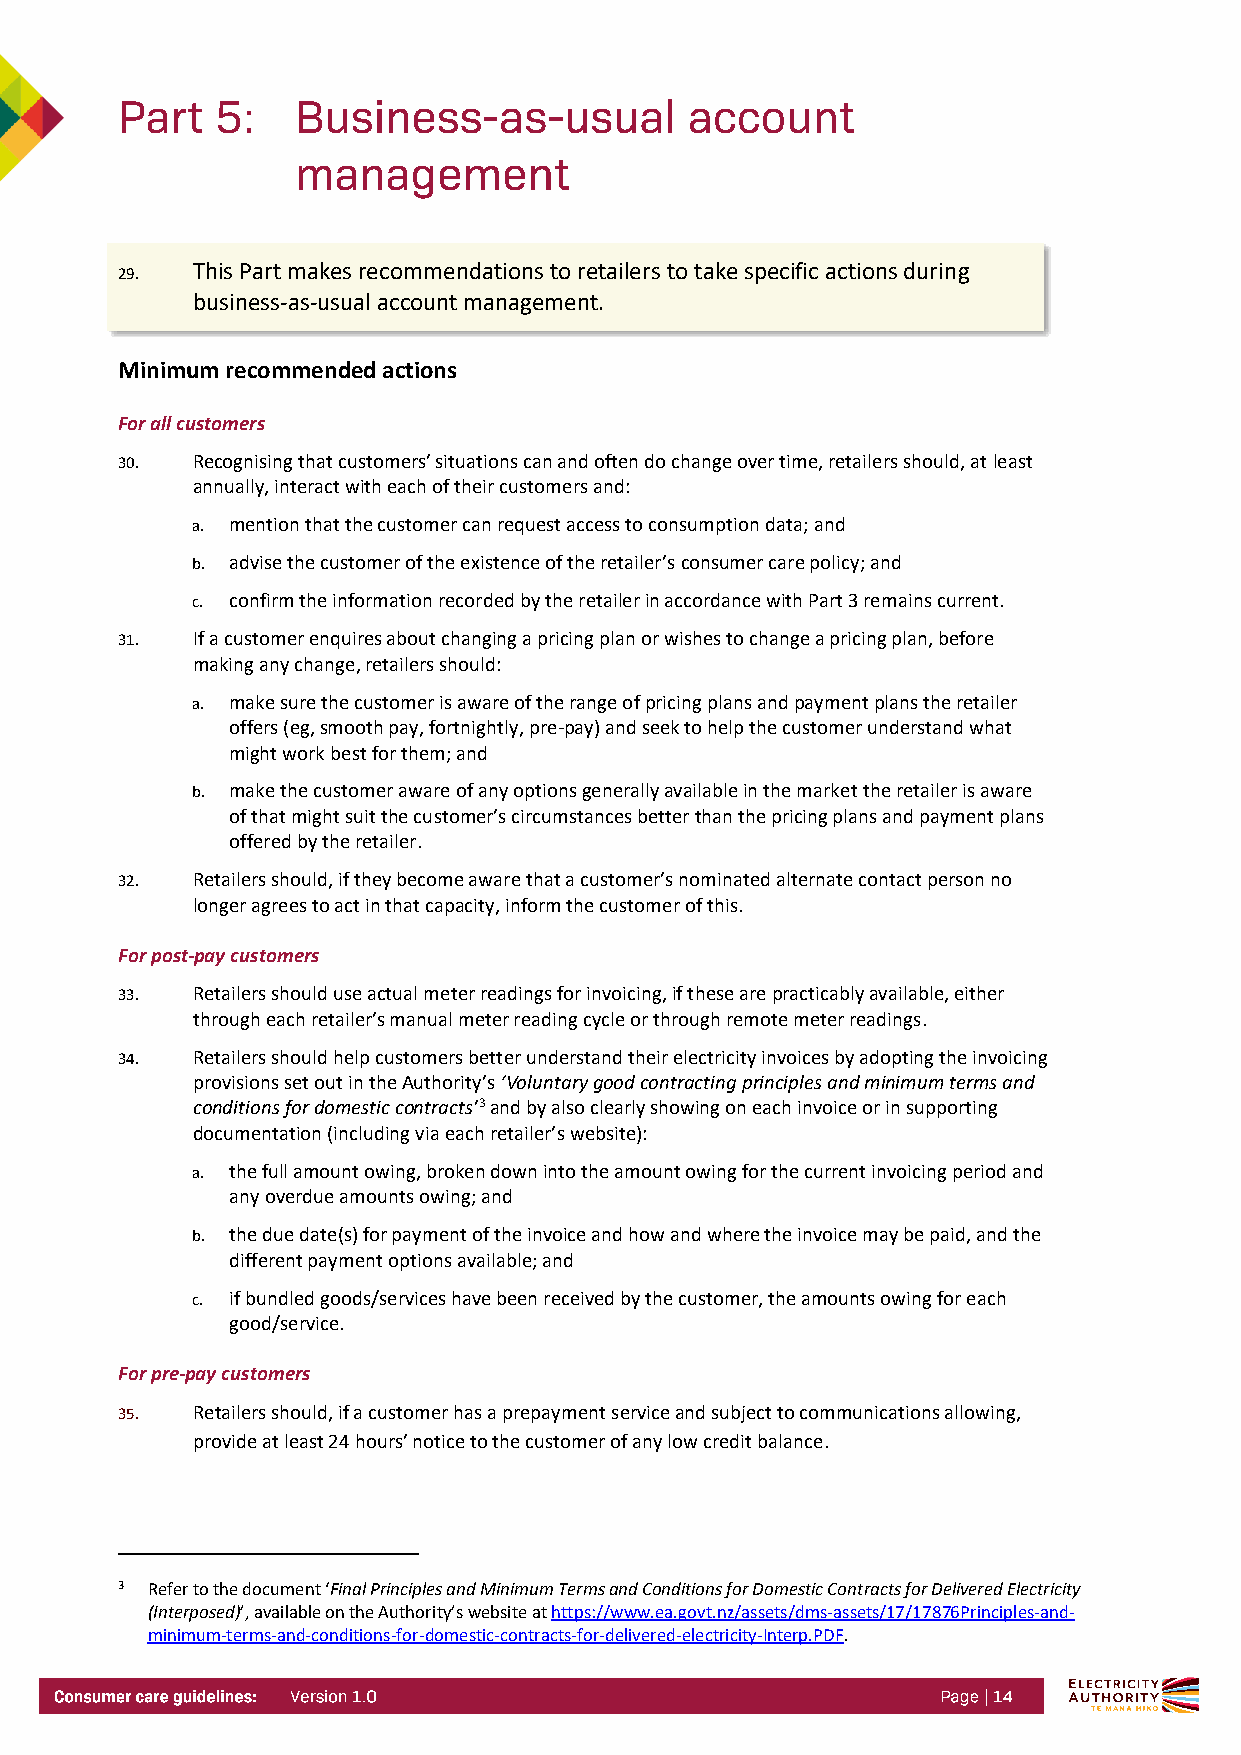
29.  This Part makes recommendations to retailers to take specific actions during
 business-as-usual account management.
 Minimum recommended actions
 For all customers
 30.  Recognising that customers’ situations can and often do change over time, retailers should, at least
 annually, interact with each of their customers and:
 a. mention that the customer can request access to consumption data; and
 b. advise the customer of the existence of the retailer’s consumer care policy; and
 c. confirm the information recorded by the retailer in accordance with Part 3 remains current.
 31.  If a customer enquires about changing a pricing plan or wishes to change a pricing plan, before
 making any change, retailers should:
 a. make sure the customer is aware of the range of pricing plans and payment plans the retailer
 offers (eg, smooth pay, fortnightly, pre-pay) and seek to help the customer understand what
 might work best for them; and
 b. make the customer aware of any options generally available in the market the retailer is aware
 of that might suit the customer’s circumstances better than the pricing plans and payment plans
 offered by the retailer.
 32.  Retailers should, if they become aware that a customer’s nominated alternate contact person no
 longer agrees to act in that capacity, inform the customer of this.
 For post-pay customers
 33.  Retailers should use actual meter readings for invoicing, if these are practicably available, either
 through each retailer’s manual meter reading cycle or through remote meter readings.
 34.  Retailers should help customers better understand their electricity invoices by adopting the invoicing
 provisions set out in the Authority’s ‘Voluntary good contracting principles and minimum terms and
 conditions for domestic contracts’3 and by also clearly showing on each invoice or in supporting
 documentation (including via each retailer’s website):
 a. the full amount owing, broken down into the amount owing for the current invoicing period and
 any overdue amounts owing; and
 b. the due date(s) for payment of the invoice and how and where the invoice may be paid, and the
 different payment options available; and
 c. if bundled goods/services have been received by the customer, the amounts owing for each
 good/service.
 For pre-pay customers
 35.  Retailers should, if a customer has a prepayment service and subject to communications allowing,
 provide at least 24 hours’ notice to the customer of any low credit balance.
 3 Refer to the document ‘Final Principles and Minimum Terms and Conditions for Domestic Contracts for Delivered Electricity
 (Interposed)’, available on the Authority’s website at https://www.ea.govt.nz/assets/dms-assets/17/17876Principles-and-
 minimum-terms-and-conditions-for-domestic-contracts-for-delivered-electricity-Interp.PDF.